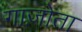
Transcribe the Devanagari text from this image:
गाज़ोता